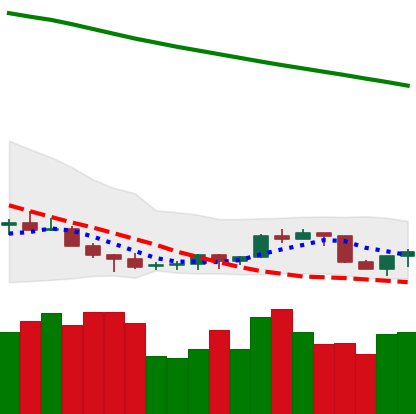
Ticker: NEO-USD
Chart end date: 2022-07-14
Forward return: 20.82%
Label: up_7plus